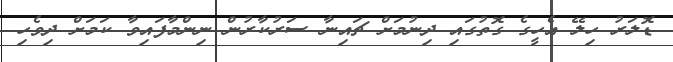
ޑޮލަރު ހިލޭ އެހީގެ ގޮތުގައި ދިނުމަށް ޗައިނާ ސަރުކާރުން ނިންމާފައިވާ ކަމަށް ދިވެހި